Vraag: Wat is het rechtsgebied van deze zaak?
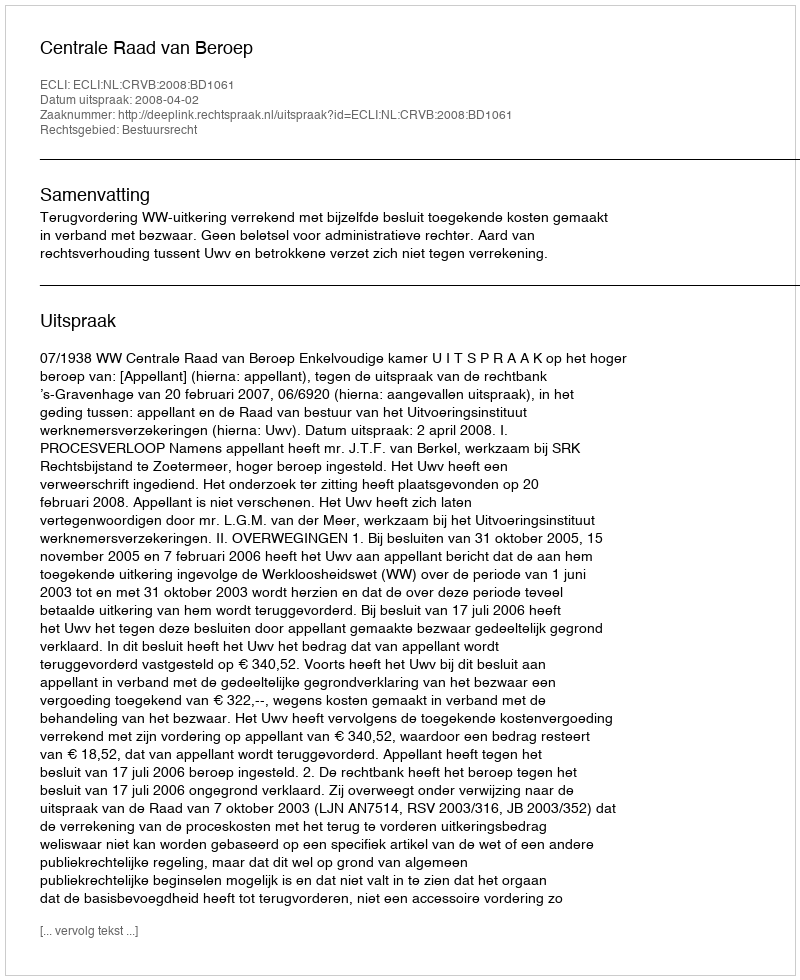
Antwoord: Bestuursrecht